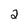
Character: 2